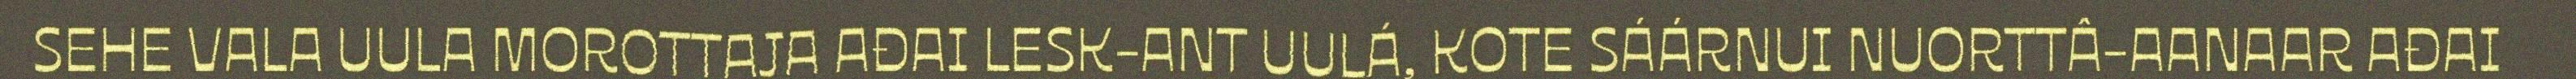
SEHE VALA UULA MOROTTAJA AĐAI LESK-ANT UULÁ, KOTE SÁÁRNUI NUORTTÂ-AANAAR AĐAI